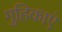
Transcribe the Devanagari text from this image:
गुहिकाएं